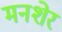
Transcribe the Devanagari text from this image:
मनशेर